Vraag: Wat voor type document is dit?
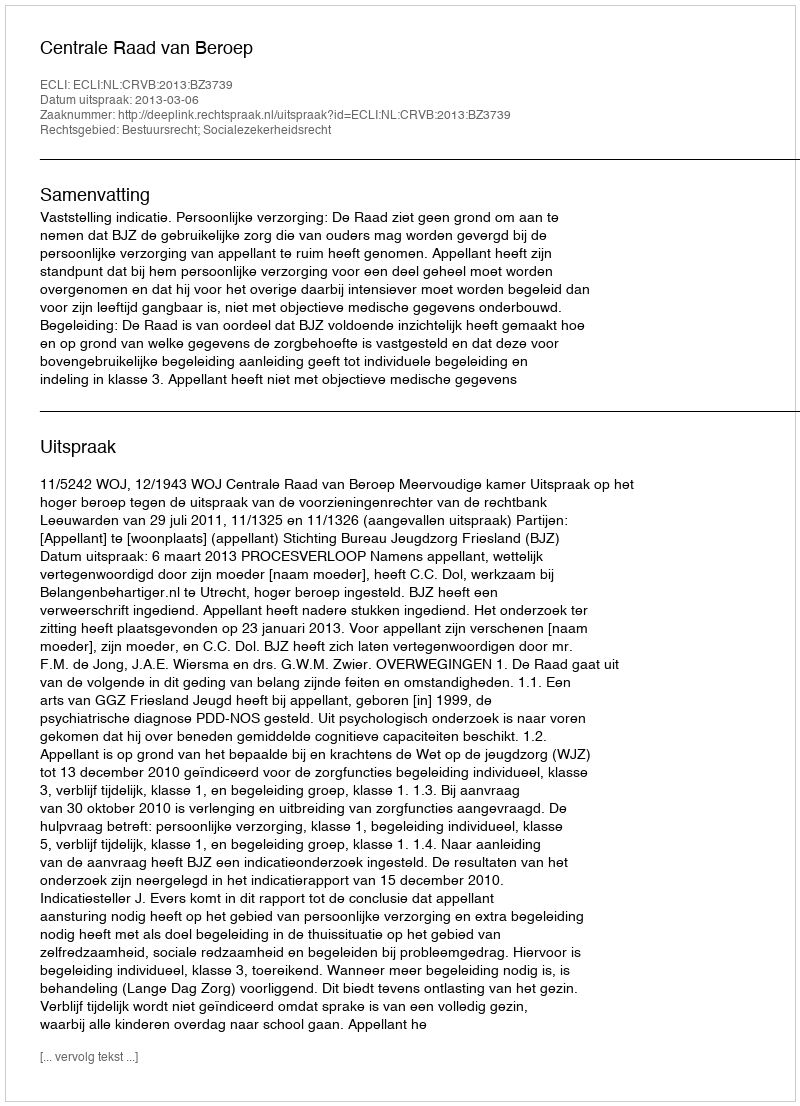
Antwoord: Uitspraak